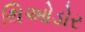
થિઓડોર